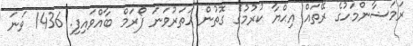
ރަމަޟާންމަހުގެ ރޭތައް އިޙްޔާ ކުރުމުގެ ގޮތުން ހަތަރުވަނަ ފޯރަމް ބާއްވައިފި. 1436 ވަނަ